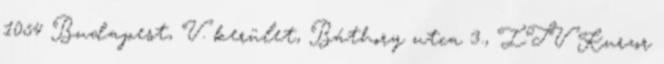
1054 Budapest, V. kerület, Báthory utca 3., ITV Kurzor